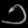
Digit: ၁